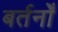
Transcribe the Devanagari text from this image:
बर्तनोँ